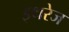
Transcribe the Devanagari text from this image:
इथरेज